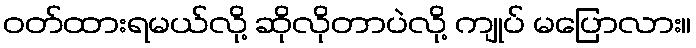
ဝတ်ထားရမယ်လို့ ဆိုလိုတာပဲလို့ ကျုပ် မပြောလား။